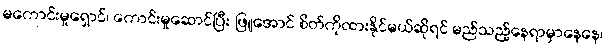
မကောင်းမှုရှောင်၊ ကောင်းမှုဆောင်ပြီး ဖြူအောင် စိတ်ကိုထားနိုင်မယ်ဆိုရင် မည်သည့်နေရာမှာနေနေ၊